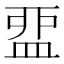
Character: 𥁶